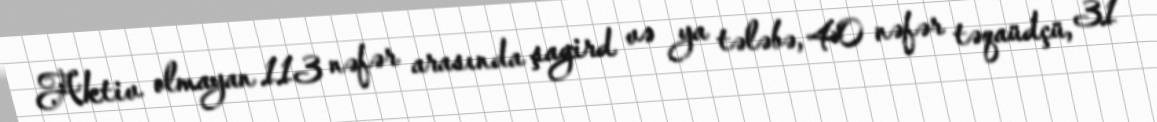
Aktiv olmayan 113 nəfər arasında şagird və ya tələbə, 40 nəfər təqaüdçü, 31